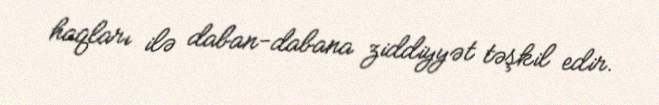
haqları ilə daban-dabana ziddiyyət təşkil edir.